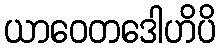
ယာဝေတဒေါဟိပိ